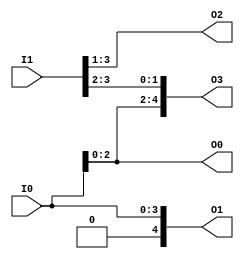
module vector(I0, I1, O0, O1, O2, O3);
  input  [3:0] I0;  //4 bits input
  input  [4:0] I1;  //5 bits input
  output [2:0] O0;  //3 bits output
  output [4:0] O1;  //5 bits output
  output [2:0] O2;  //3 bits output
  output [4:0] O3;  //5 bits output

  assign O0 = I0; //I0[3] ignore 
  assign O1 = I0; //O1[4] be zero
  assign O2 = I1[3:1]; //assign I1[3:1] to O2[2:0]
  assign O3 = {I0[2:0],I1[3:2]}; // assign I0[2:0] -> O3[4:2] & I1[3:2] -> O3[1:0]
endmodule